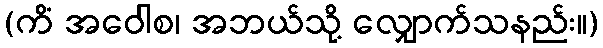
(ကိံ အဝေါစ၊ အဘယ်သို့ လျှောက်သနည်း။)